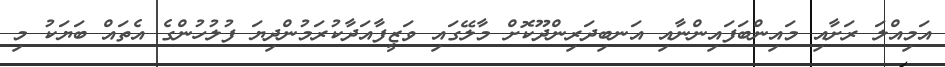
އަމިއްލަ ރަށާއި މައިންބަފައިންނާއި އަނބިދަރިންދޫކޮށް މާލޭގައި ވަޒީފާއަދާކުރަމުންދިޔަ ފުލުހުންގެ އެތައް ބަޔަކު މި